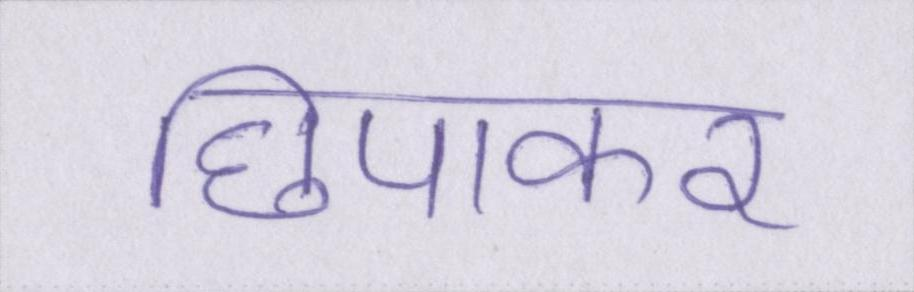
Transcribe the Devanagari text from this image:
छिपाकर